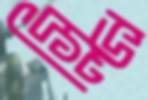
স্লিভ